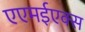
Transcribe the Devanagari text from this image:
एएमईएक्स